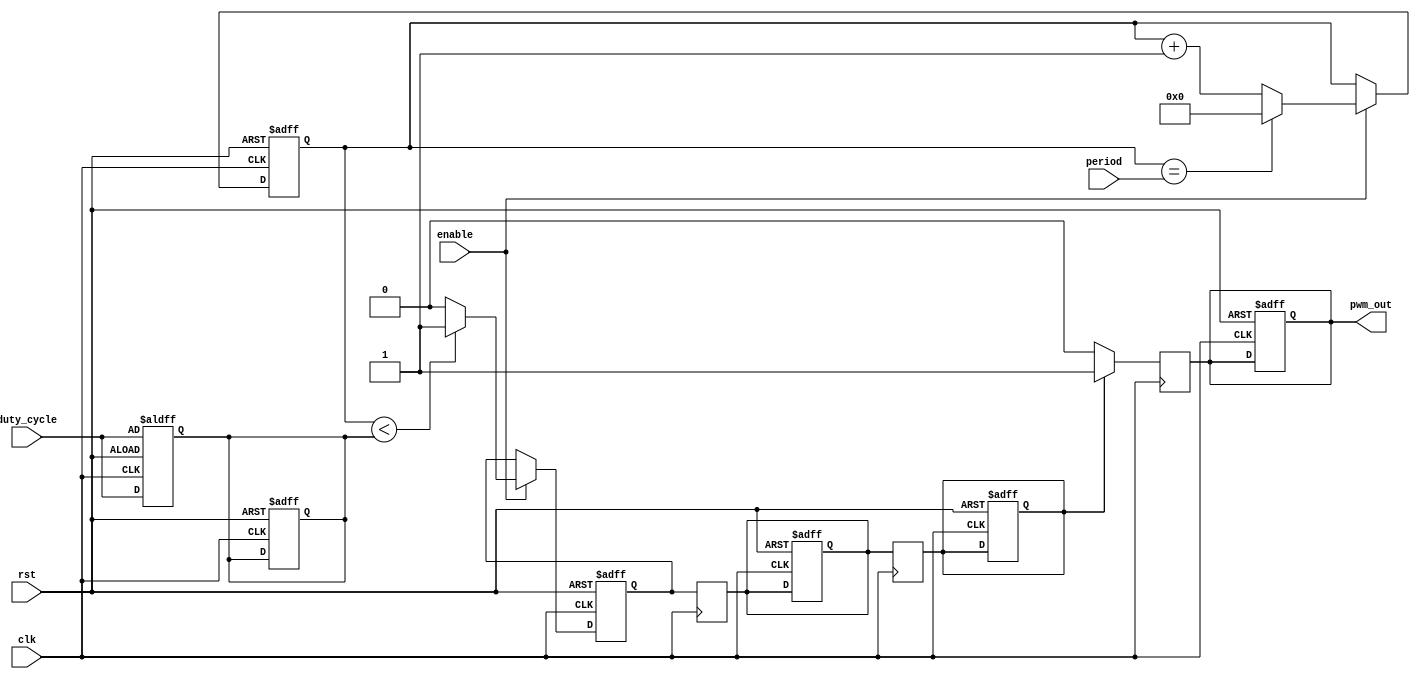
module pwm_timer(
    input wire clk,
    input wire rst,
    input wire enable,
    input wire [7:0] duty_cycle,
    input wire [15:0] period,
    output reg pwm_out
);

reg [15:0] counter;
reg [7:0] duty_cycle_reg;
reg cmp_out;
reg sync1, sync2;

always @ (posedge clk or posedge rst) begin
    if(rst) begin
        counter <= 16'd0;
        duty_cycle_reg <= 8'd0;
        sync1 <= 1'b0;
        sync2 <= 1'b0;
        cmp_out <= 1'b0;
        pwm_out <= 1'b0;
    end else begin
        if(enable) begin
            counter <= counter + 1;
            if(counter == period) begin
                counter <= 16'd0;
            end
            if(counter < duty_cycle_reg) begin
                cmp_out <= 1'b1;
            end else begin
                cmp_out <= 1'b0;
            end
        end
    end
end

always @ (posedge clk or posedge rst) begin
    if(rst) begin
        duty_cycle_reg <= duty_cycle;
    end else begin
        duty_cycle_reg <= duty_cycle;
    end
end

always @ (posedge clk) begin
    sync1 <= cmp_out;
    sync2 <= sync1;
    if(sync2) begin
        pwm_out <= 1'b1;
    end else begin
        pwm_out <= 1'b0;
    end
end

endmodule